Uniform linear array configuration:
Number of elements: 4
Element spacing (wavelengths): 0.5
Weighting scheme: kaiser
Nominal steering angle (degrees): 60
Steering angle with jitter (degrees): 60.302
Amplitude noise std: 0.05
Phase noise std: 0.05

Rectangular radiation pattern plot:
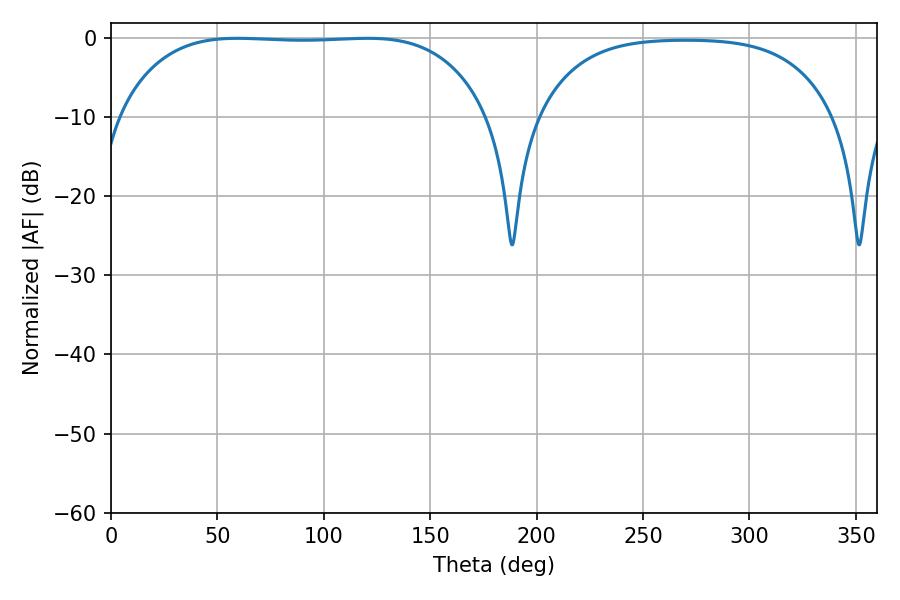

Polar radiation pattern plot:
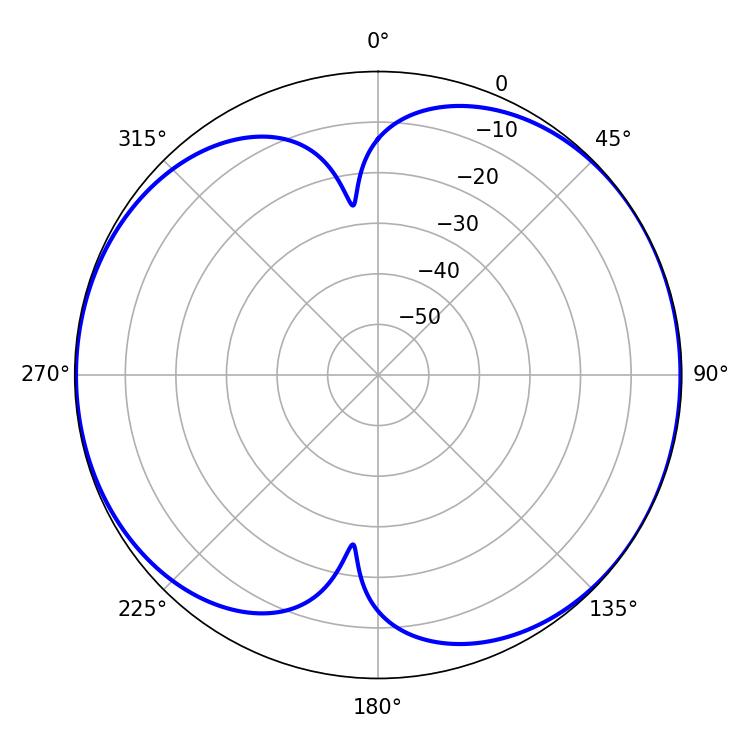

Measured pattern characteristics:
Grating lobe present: FALSE
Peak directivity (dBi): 6.941
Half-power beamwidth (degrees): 135
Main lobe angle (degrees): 59.4